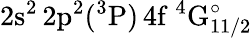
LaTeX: \mathrm{2s^{2}\, 2p^{2}(^{3}P)\, 4f~^{4}G_{11/2}^{\circ}}